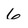
Character: 6